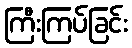
ကြီးကြပ်ခြင်း